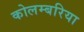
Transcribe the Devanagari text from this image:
कोलम्बरिया